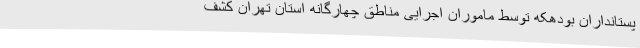
پستانداران بودهکه توسط ماموران اجرایی مناطق چهارگانه استان تهران کشف